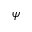
\psi